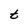
Character: t